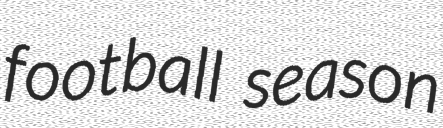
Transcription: football season